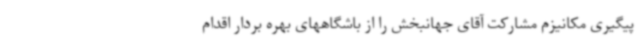
پیگیری مکانیزم مشارکت آقای جهانبخش را از باشگاههای بهره بردار اقدام